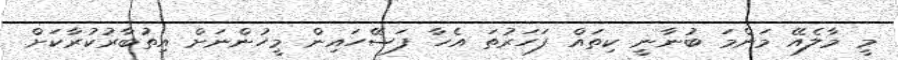
މީ މާލެއޭ މަންމަ ބުނާނީ ކިތައް ފަހަރުތަ އެހާ ފަސޭހައިން މީހުންނަށް އިތުބާރުކުރާކަށް